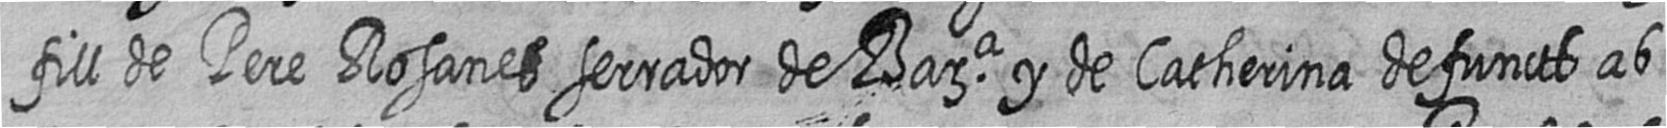
fill de Pere Rosanes serrador de Bara y de Catherina defuncts ab